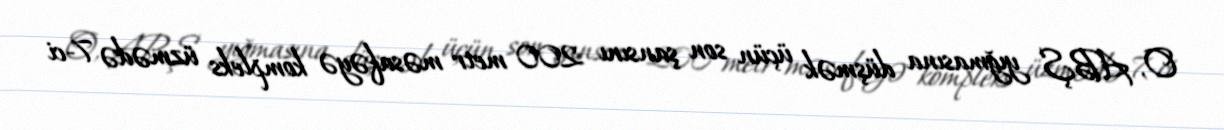
O, ABŞ yığmasına düşmək üçün son şansını 200 metr məsafəyə kompleks üzmədə 7-ci